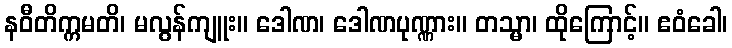
နဝီတိက္ကမတိ၊ မလွန်ကျူး။ ဒေါဏ၊ ဒေါဏပုဏ္ဏား။ တသ္မာ၊ ထိုကြောင့်။ ဧဝံခေါ၊